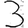
Digit: 3